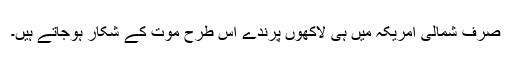
صرف شمالی امریکہ میں ہی لاکھوں پرندے اس طرح موت کے شکار ہوجاتے ہیں۔